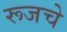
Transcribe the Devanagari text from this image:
रूजचे